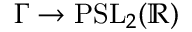
\Gamma \to \mathrm { P S L } _ { 2 } ( \mathbb { R } )